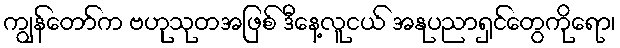
ကျွန်တော်က ဗဟုသုတအဖြစ် ဒီနေ့လူငယ် အနုပညာရှင်တွေကိုရော၊